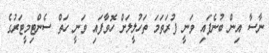
ނާސާ އިން ބުނެފައި ވަނީ ފުރަތަމަ ތަހުލީލަށް ހޮވާފައި ވަނީ ހަތް ސެންޓިމީޓަރުގެ